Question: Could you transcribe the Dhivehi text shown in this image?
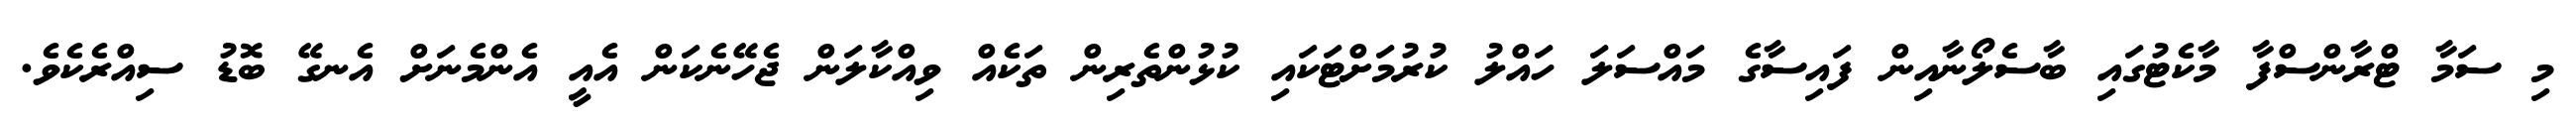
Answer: މި ސަމާ ޓްރާންސްފާ މާކެޓުގައި ބާސެލޯނާއިން ފައިސާގެ މައްސަލަ ހައްލު ކުރުމަށްޓަކައި ކުޅުންތެރިން ތަކެއް ވިއްކާލަން ޖެހޭނެކަން އެއީ އެންމެނަށް އެނގޭ ބޮޑު ސިއްރެކެވެ.